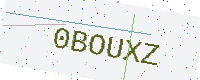
Text: 0BOUXZ